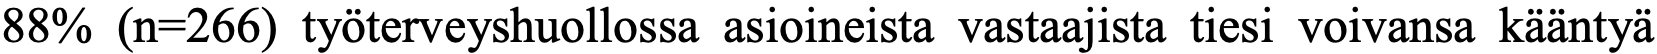
88% (n=266) työterveyshuollossa asioineista vastaajista tiesi voivansa kääntyä